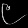
Digit: ၉